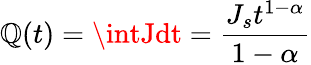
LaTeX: \mathbb{Q}(t)=\intJdt=\frac{{J_{s}t^{1-\alpha}}}{{1-\alpha}}